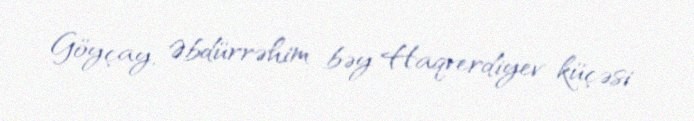
Göyçay, Əbdürrəhim bəy Haqverdiyev küçəsi